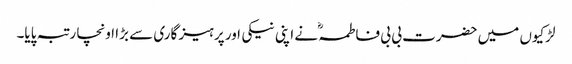
لڑکیوں میں حضرت بی بی فاطمہؓ نے اپنی نیکی اور پرہیز گاری سے بڑا اونچا رتبہ پایا۔